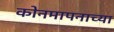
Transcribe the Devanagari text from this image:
कोनमापनाच्या